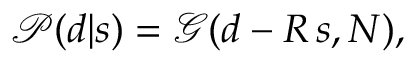
{ \mathcal { P } } ( d | s ) = { \mathcal { G } } ( d - R \, s , N ) ,